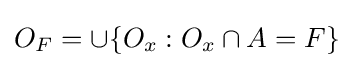
O_{F}=\cup \{O_{x}:O_{x}\cap A=F\}